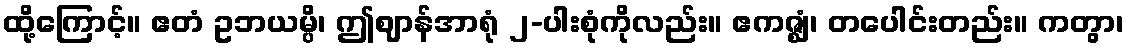
ထို့ကြောင့်။ ဧတံ ဥဘယမ္ပိ၊ ဤဈာန်အာရုံ ၂-ပါးစုံကိုလည်း။ ဧကဇ္ဈံ၊ တပေါင်းတည်း။ ကတွာ၊